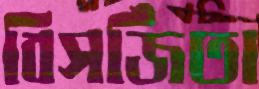
বিসর্জিতা